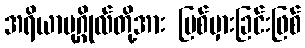
အရိယာပုဂ္ဂိုလ်တို့အား ပြစ်မှားခြင်းဖြစ်